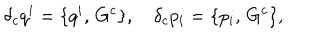
LaTeX: \delta _ { c } q ^ { i } = \{ q ^ { i } , \, G ^ { c } \} , \quad \delta _ { c } p _ { i } = \{ p _ { i } , \, G ^ { c } \} ,